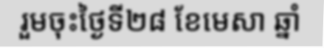
រួមចុះថ្ងៃទី២៨ ខែមេសា ឆ្នាំ